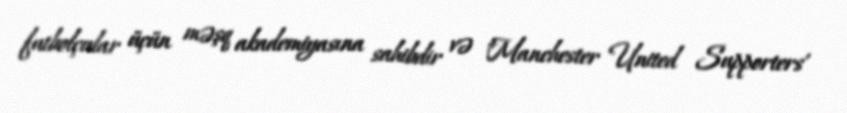
futbolçular üçün məşq akademiyasına sahibdir və "Manchester United Supporters'